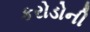
કરોડોની